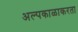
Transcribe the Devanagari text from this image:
अल्पकाळाकरता